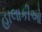
હાલાકીઓ